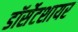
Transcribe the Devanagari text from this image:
डॉर्सेटशायर